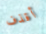
أقذف